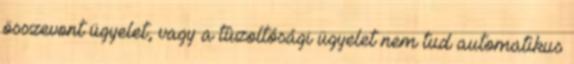
összevont ügyelet, vagy a tûzoltósági ügyelet nem tud automatikus